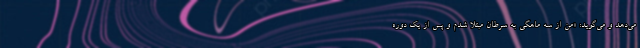
می‌دهد و می‌گوید: «من از سه ماهگی به سرطان مبتلا شدم و پس از یک دوره